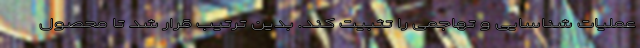
عملیات شناسایی و تهاجمی را تثبیت کند. بدین ترتیب قرار شد تا محصول